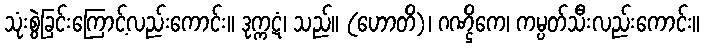
သုံးစွဲခြင်းကြောင့်လည်းကောင်း။ ဒုက္ကဋံ၊ သည်။ (ဟောတိ)၊ ဂဏ္ဌိကေ၊ ကမ္ပတ်သီးလည်းကောင်း။